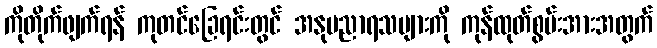
ကိုတိုက်ဖျက်ရန် ကုတင်ခြေရင်းတွင် အနုပညာရသများကို ကုန်ထုတ်စွမ်းအားအတွက်